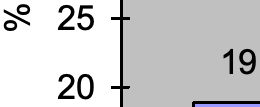
% 25 19 20